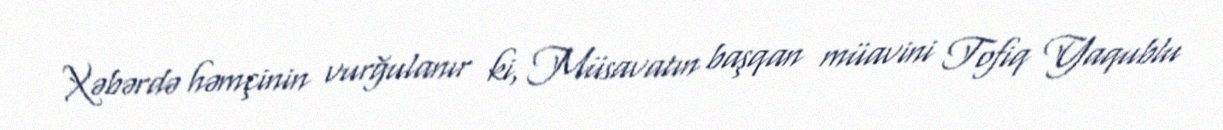
Xəbərdə həmçinin vurğulanır ki, Müsavatın başqan müavini Tofiq Yaqublu